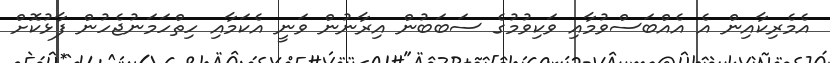
އެމެރިކާއިން އެ އެއްބަސްވުމާއި ވަކިވުމުގެ ސަބަބުން އިރާނުން ވަނީ އެކަމާއި ހިތްހަމަނުޖެހުން ފާޅުކޮށް